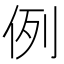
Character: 例